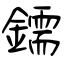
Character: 鑐